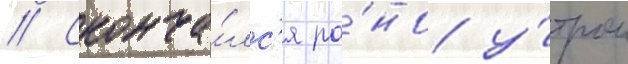
// Сконча́лс'я ра́но у́тром